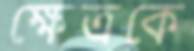
ক্ষেত্রকে